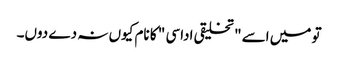
تو میں اسے " تخلیقی اداسی " کا نام کیوں نہ دے دوں۔